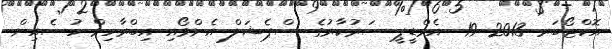
އޮކްޓޯބަރ 2013 19  އެމްޑީޕީ ސަރުކާރުގެ ސްޕެޝަލް އެންވޯއި އިބްރާހިމް ހުސެއިން